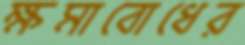
ক্ষমাবোধের